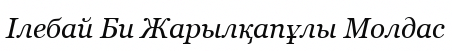
Ілебай Би Жарылқапұлы Молдас